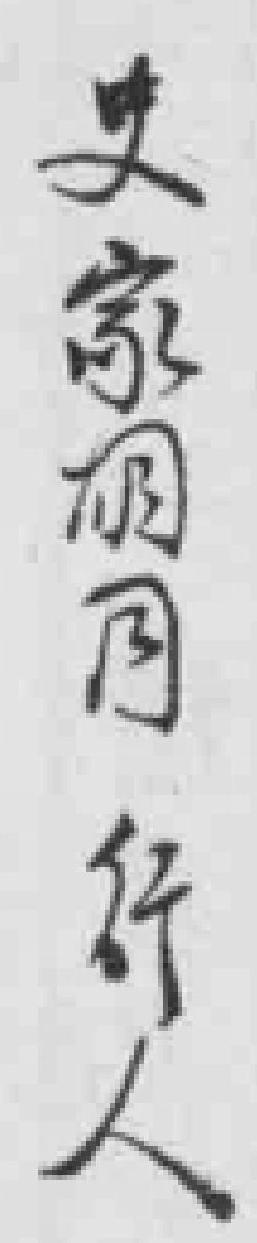
史家胡同行人